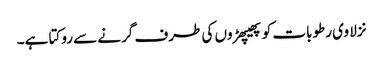
نزلا وی رطوبات کو پھیپھڑوں کی طرف گرنے سے روکتا ہے۔